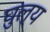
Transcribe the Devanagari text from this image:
घुल्य